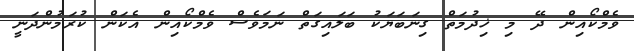
ވެމްކޯއިން ދޭ މި ޚިދުމަތް ގިނަބަޔަކު ބަލައިގަތް ނަމަވެސް ވެމްކޯއިން އެކަން ކުރަމުންދަނީ